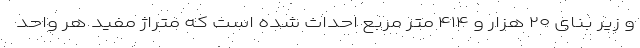
و زیر بنای ۲۰ هزار و ۴۱۴ متر مربع احداث شده است که متراژ مفید هر واحد